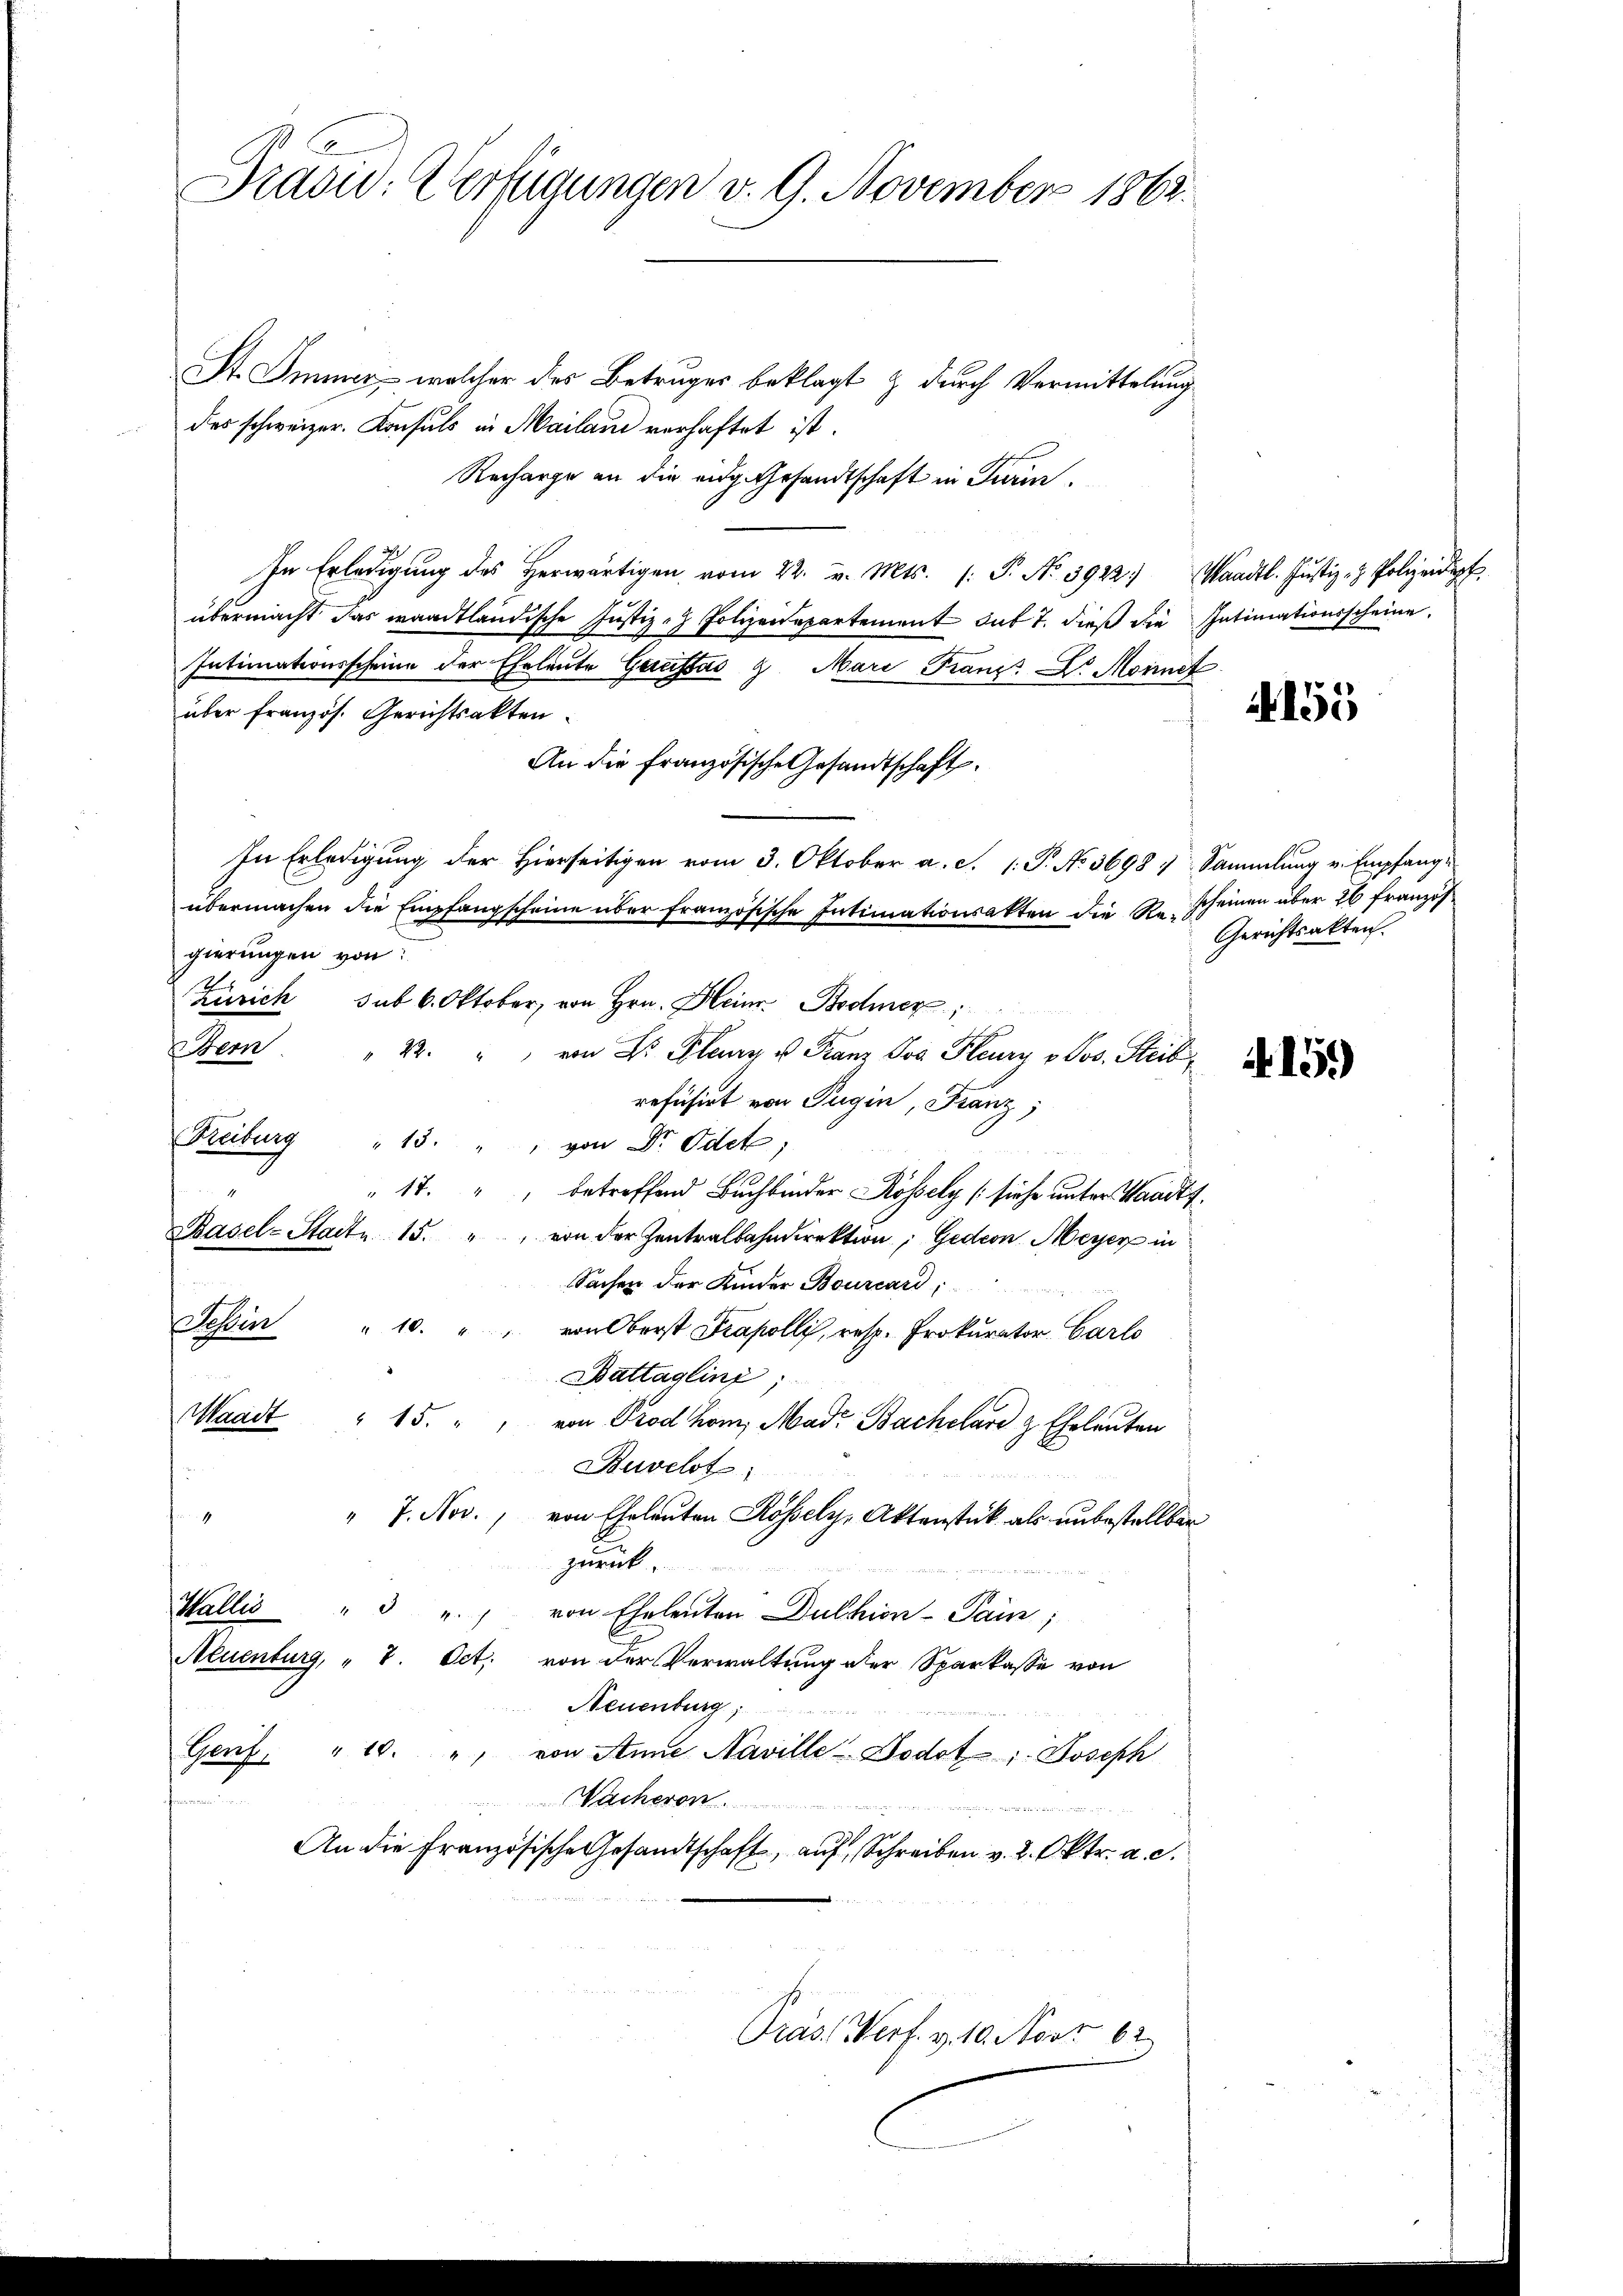
Draow: Verfügungen v. 9. November 1863.

St. Immer welcher des Betruges beklagt & durch Vermittelung
des schweizer. Konsuls in Mailand verhaftet ist.
Recharge an die eidg. Gesandtschaft in Turin
In Erledigŭng des herwärtigen vom 22. v. Mts. (: P. Nr. 3922) Waadt. Justiz- & Polizeidigt
übermacht das waadtländische Justiz- & Polizendepartement das 7. dieß die Intimationsscheine
Intimationsscheine der Eheleute Gaussas 9. Mari Franz Dr Morinet
über französ. Gerichtsakten.
An die französische Gesandtschaft.
In Erledigung der Hierseitigen vom 3. Oktober a. c. 1. P. No. 3698 Sammlung v. Empfange
übermachen die Empfangscheine über französische Intimationsakten die R. Scheinen über 26 französ
gierungen von:
Zürich sub 6. Oktober, von Hrn. Heinr. Bodmer,
Sem. " 22. " von Dr. Flung u. Franz Jos. Heury v. Jos. Heib,
refüsirt von Tugin, Franz;
Freiburg " 13. " " von Dr. Odek,
" 17. " betreffend Buchbinder Rossely [siehe unter Waadt f.
Basel-Stadt 15. " von der Zentralbahndirektion; Gedeon Meyer in
2
Sachen der Kinder Bourcard,
Tessin " 10. " " von Oberst Frapolli, resp. Prokurator Carlo
e
Battagling;
Waadt " 15. " " von Prodhom, Mad. Bacholard & Eheleuten
Bevelst
" 7. Nov. von Eheleuten Rossely, Aktenstück als unbestellbar
e
zurück
Halles
" " " " von Eheleuten Dulhion- Pain;
Neuenburg, " 7. Oct. von der Verwaltung der Sparkasse von
Neuenburg
Genf. " 10. " von Anne Naville-Bodot 1. Joseph
acheren . . . . . . . . . .
An die Französische Gesandtschaft, auf Schreiben v. 2. Oktr. a. c.

Präs. Verf. v. 10. Novr 62.

4155

Gerichtsakten.